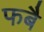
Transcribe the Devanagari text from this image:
फबै